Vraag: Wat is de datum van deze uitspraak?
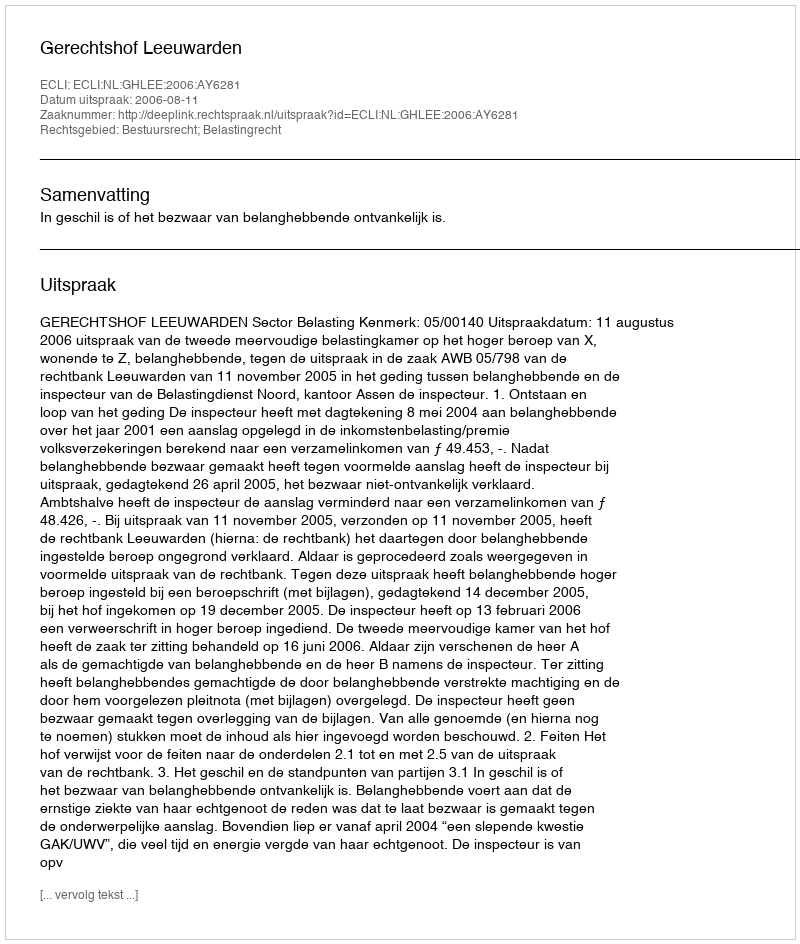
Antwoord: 2006-08-11